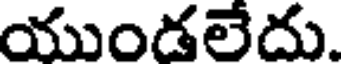
యుండలేదు.